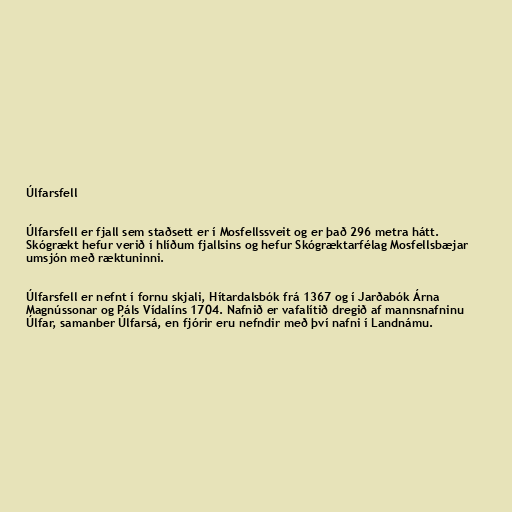
Úlfarsfell

Úlfarsfell er fjall sem staðsett er í Mosfellssveit og er það 296 metra hátt.
Skógrækt hefur verið í hlíðum fjallsins og hefur Skógræktarfélag Mosfellsbæjar
umsjón með ræktuninni.

Úlfarsfell er nefnt í fornu skjali, Hítardalsbók frá 1367 og í Jarðabók Árna
Magnússonar og Páls Vídalíns 1704. Nafnið er vafalítið dregið af mannsnafninu
Úlfar, samanber Úlfarsá, en fjórir eru nefndir með því nafni í Landnámu.